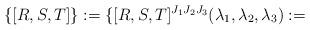
LaTeX: \begin{align*}\{ [R,S,T]\} := \{[R,S,T]^{J_1J_2J_3}(\lambda_1,\lambda_2,\lambda_3) :=\end{align*}